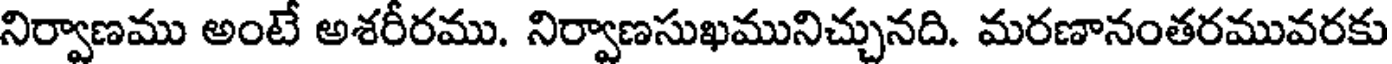
నిర్వాణము అంటే అశరీరము. నిర్వాణసుఖమునిచ్చునది. మరణానంతరమువరకు